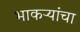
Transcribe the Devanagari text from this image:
भाकऱ्यांचा